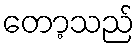
တော့သည်